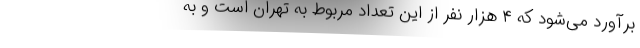
برآورد می‌شود که ۴ هزار نفر از این تعداد مربوط به تهران است و به